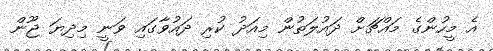
އެ މީހުންގެ މައްޗަށް ދައުލަތުން މިއަދު ކުރި ދައުވާގައި ވަނީ މިދިޔަ ޖޫން